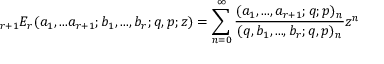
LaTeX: \displaystyle { } _ { r + 1 } E _ { r } ( a _ { 1 } , . . . a _ { r + 1 } ; b _ { 1 } , . . . , b _ { r } ; q , p ; z ) = \sum _ { n = 0 } ^ { \infty } { \frac { ( a _ { 1 } , . . . , a _ { r + 1 } ; q ; p ) _ { n } } { ( q , b _ { 1 } , . . . , b _ { r } ; q , p ) _ { n } } } z ^ { n }